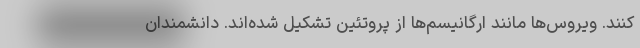
کنند. ویروس‌ها مانند ارگانیسم‌ها از پروتئین تشکیل شده‌اند. دانشمندان